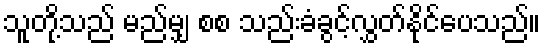
သူတို့သည် မည်မျှ စစ သည်းခံခွင့်လွှတ်နိုင်ပေသည်။